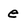
Character: e